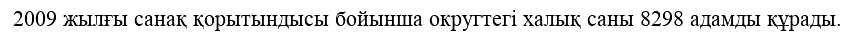
2009 жылғы санақ қорытындысы бойынша округтегі халық саны 8298 адамды құрады.